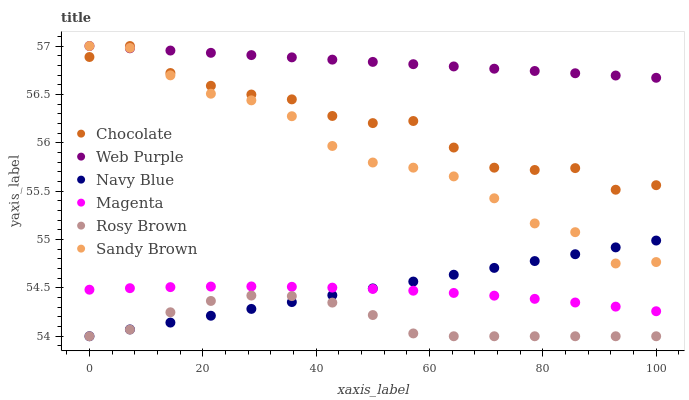
| xaxis_label | Chocolate | Web Purple | Navy Blue | Magenta | Rosy Brown | Sandy Brown |
 | --- | --- | --- | --- | --- | --- | --- |
 | 0 | 56.9 | 57 | 54 | 54.5 | 54 | 57 |
 | 7.14 | 57 | 57 | 54.1 | 54.5 | 54.1 | 57 |
 | 14.3 | 56.7 | 57 | 54.1 | 54.5 | 54.2 | 56.7 |
 | 21.4 | 56.6 | 56.9 | 54.2 | 54.5 | 54.4 | 56.5 |
 | 28.6 | 56.5 | 56.9 | 54.3 | 54.5 | 54.4 | 56.4 |
 | 35.7 | 56.4 | 56.9 | 54.4 | 54.5 | 54.4 | 56.3 |
 | 42.9 | 56.3 | 56.9 | 54.4 | 54.5 | 54.3 | 56 |
 | 50 | 56.2 | 56.8 | 54.5 | 54.5 | 54.2 | 55.8 |
 | 57.1 | 56.2 | 56.8 | 54.6 | 54.5 | 54 | 55.7 |
 | 64.3 | 56 | 56.8 | 54.6 | 54.4 | 54 | 55.7 |
 | 71.4 | 55.7 | 56.8 | 54.7 | 54.4 | 54 | 55.4 |
 | 78.6 | 55.7 | 56.7 | 54.8 | 54.4 | 54 | 55.2 |
 | 85.7 | 55.7 | 56.7 | 54.8 | 54.3 | 54 | 55.1 |
 | 92.9 | 55.5 | 56.7 | 54.9 | 54.3 | 54 | 54.8 |
 | 100 | 55.6 | 56.7 | 55 | 54.3 | 54 | 54.8 |